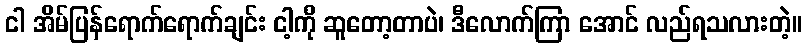
ငါ အိမ်ပြန်ရောက်ရောက်ချင်း ငါ့ကို ဆူတော့တာပဲ၊ ဒီလောက်ကြာ အောင် လည်ရသလားတဲ့။